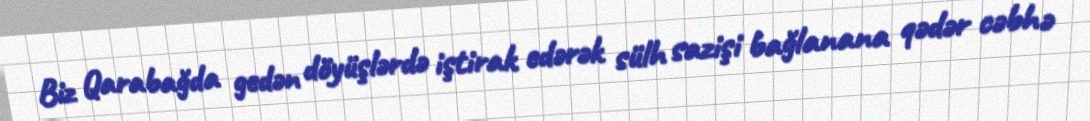
Biz Qarabağda gedən döyüşlərdə iştirak edərək sülh sazişi bağlanana qədər cəbhə